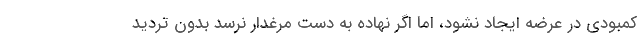
کمبودی در عرضه ایجاد نشود، اما اگر نهاده به دست مرغدار نرسد بدون تردید